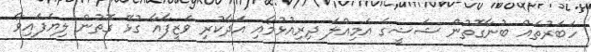
ހަބަރުތައް ބުނާގޮތުން ޝަޝީގެ އަމިއްލަ ދިރިއުޅުމާއި އަދާކުރި ވަޒީފާއާ ގުޅޭ ގޮތުން ލިޔެފައިވާ